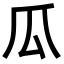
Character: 瓜